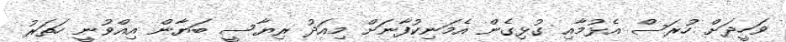
ވަހީދަށް ހުރަސް އެޅުމާއި ގުޅިގެން އެމަނިކުފާނަށް މިއަދު ރިޔާސީ ބަޔާން އިއްވުނީ ހަތަރު